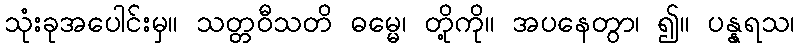
သုံးခုအပေါင်းမှ။ သတ္တဝီသတိ ဓမ္မေ၊ တို့ကို။ အပနေတွာ၊ ၍။ ပန္နရသ၊